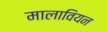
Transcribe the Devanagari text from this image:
मालावियन